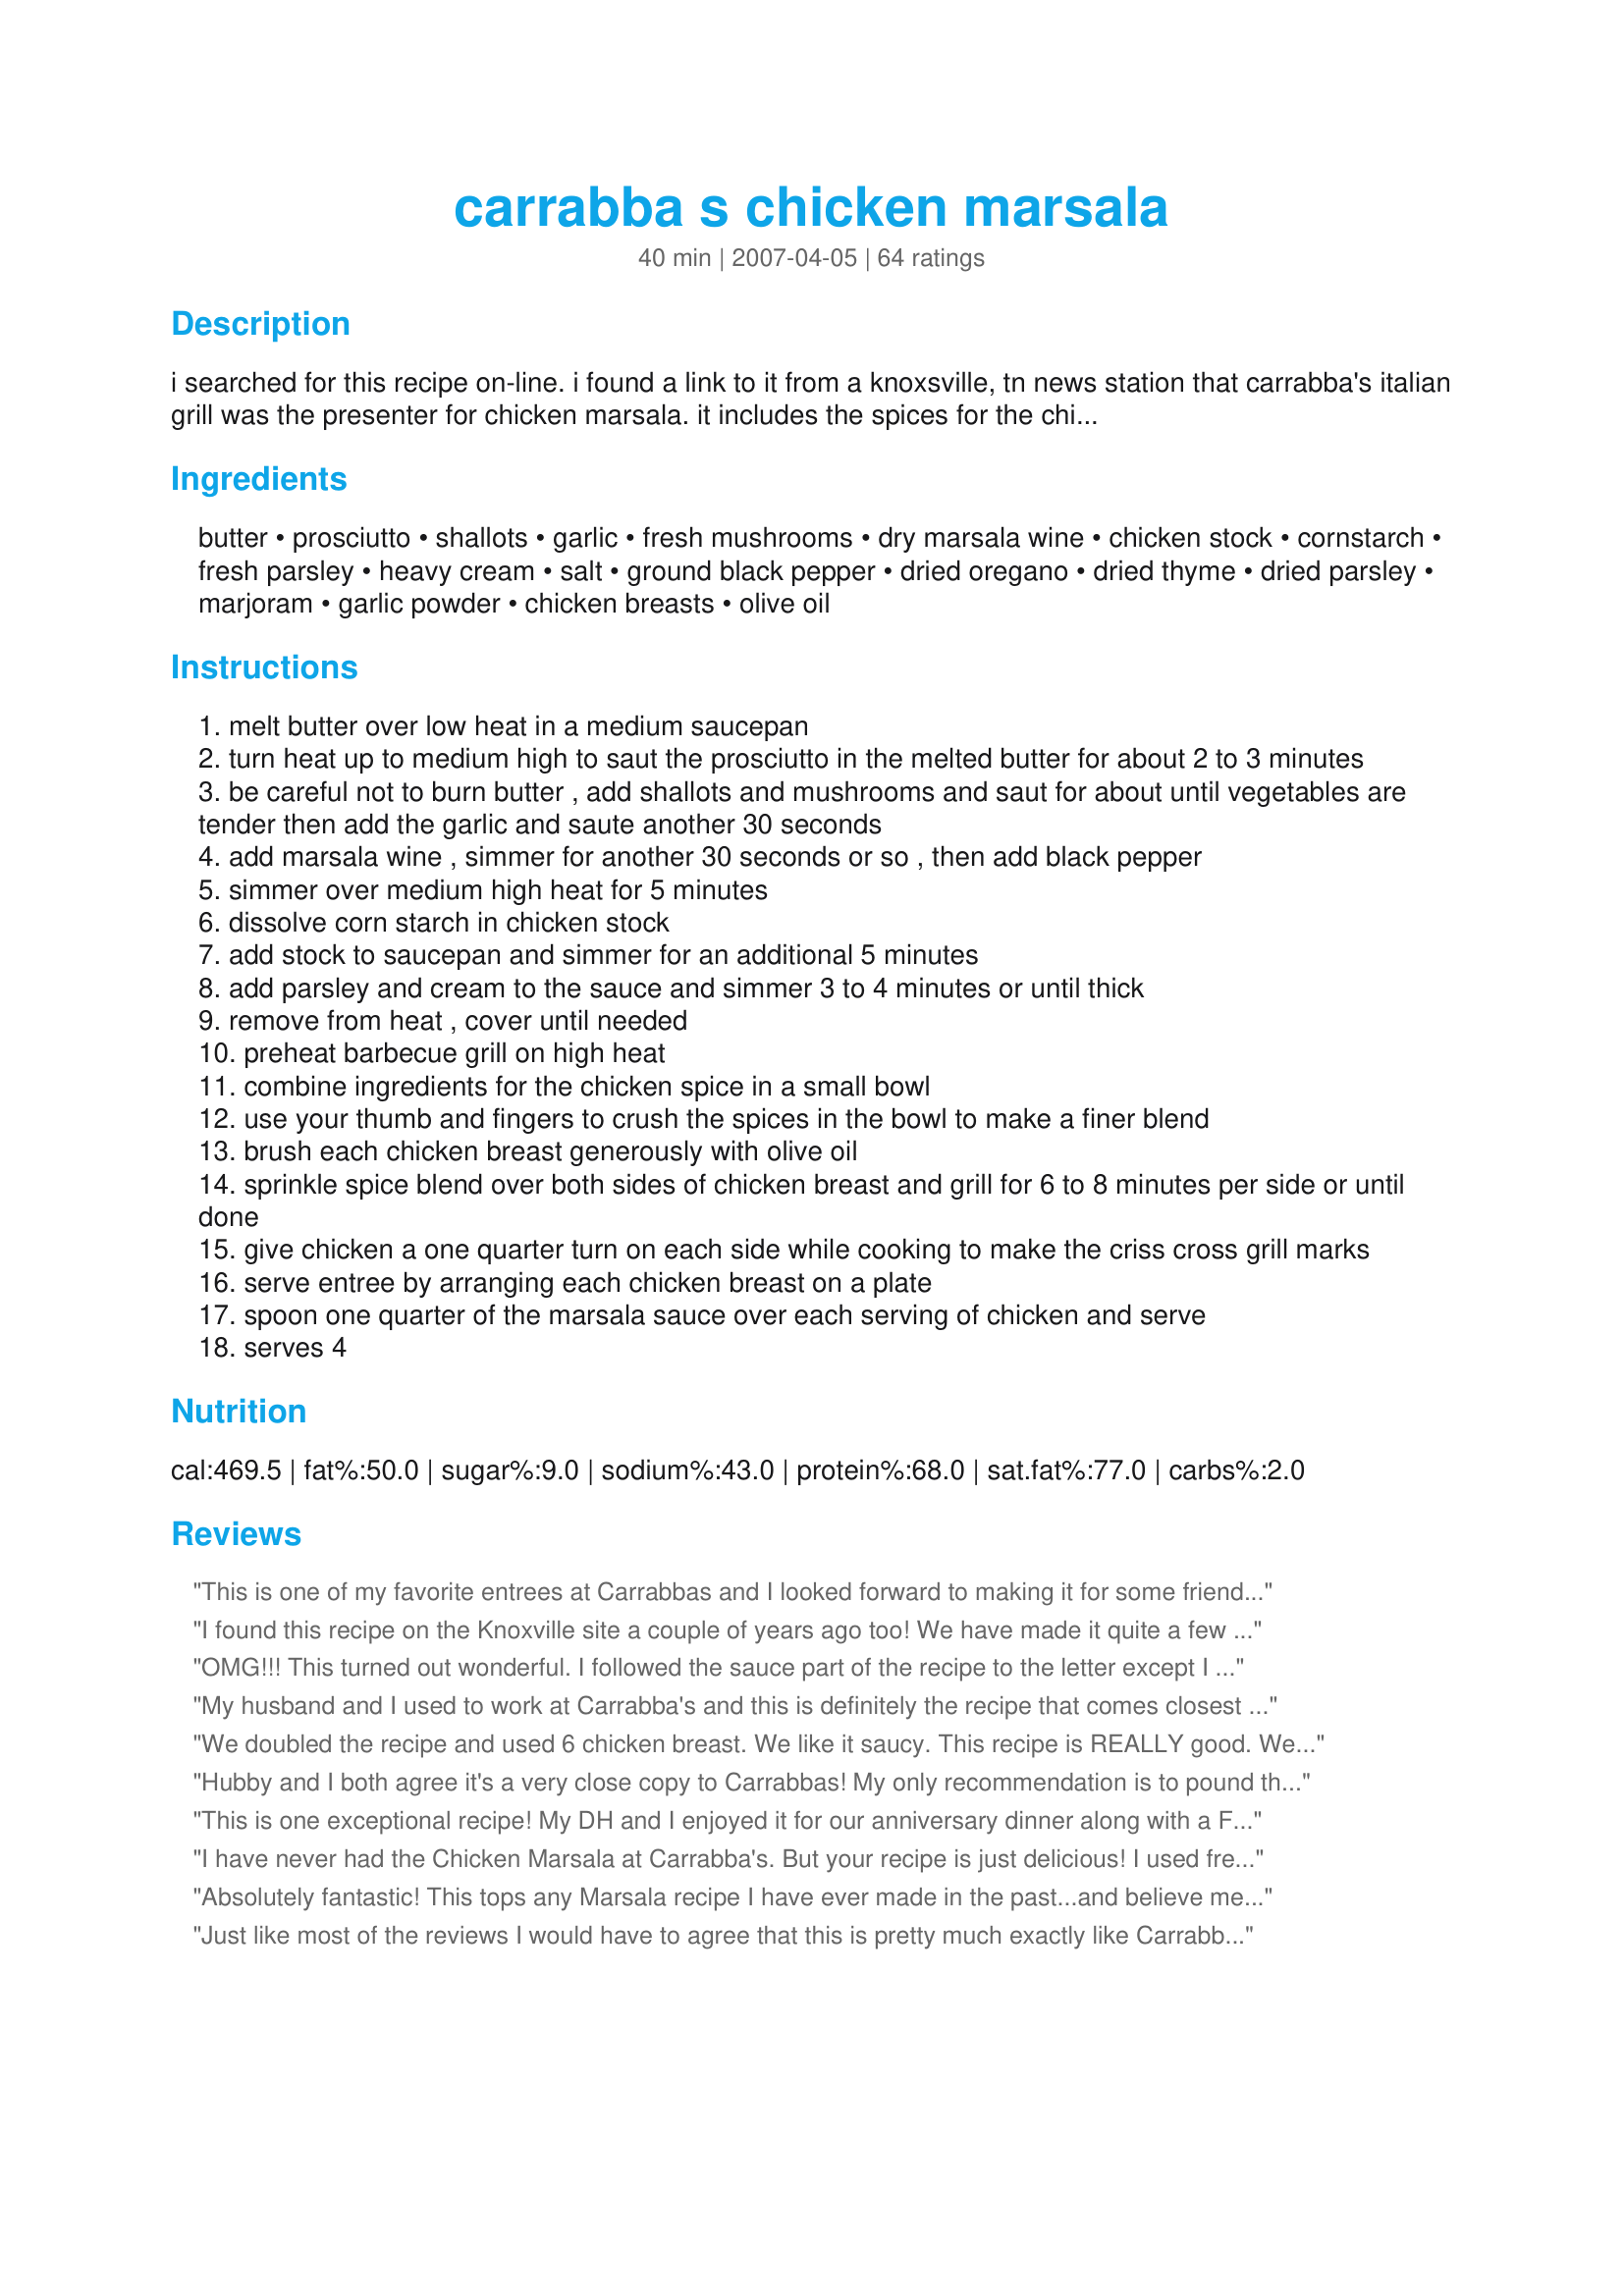
carrabba s chicken marsala
Preparation time: 40 minutes

i searched for this recipe on-line. i found a link to it from a knoxsville, tn news station that carrabba's italian grill was the presenter for chicken marsala. it includes the spices for the chicken before grilling. wbir.com-recipes. update: i always use 8 oz. fresh mushrooms and add them while sauteeing the shallots, so changed the recipe to my way of making it. also can add more cornstarch for a thicker sauce, but start with the stated amount and add more to liking.

Ingredients:
butter, prosciutto, shallots, garlic, fresh mushrooms, dry marsala wine, chicken stock, cornstarch, fresh parsley, heavy cream, salt, ground black pepper, dried oregano, dried thyme, dried parsley, marjoram, garlic powder, chicken breasts, olive oil

Steps:
melt butter over low heat in a medium saucepan
turn heat up to medium high to saut the prosciutto in the melted butter for about 2 to 3 minutes
be careful not to burn butter , add shallots and mushrooms and saut for about until vegetables are tender then add the garlic and saute another 30 seconds
add marsala wine , simmer for another 30 seconds or so , then add black pepper
simmer over medium high heat for 5 minutes
dissolve corn starch in chicken stock
add stock to saucepan and simmer for an additional 5 minutes
add parsley and cream to the sauce and simmer 3 to 4 minutes or until thick
remove from heat , cover until needed
preheat barbecue grill on high heat
combine ingredients for the chicken spice in a small bowl
use your thumb and fingers to crush the spices in the bowl to make a finer blend
brush each chicken breast generously with olive oil
sprinkle spice blend over both sides of chicken breast and grill for 6 to 8 minutes per side or until done
give chicken a one quarter turn on each side while cooking to make the criss cross grill marks
serve entree by arranging each chicken breast on a plate
spoon one quarter of the marsala sauce over each serving of chicken and serve
serves 4

Reviews:
This is one of my favorite entrees at Carrabbas and I looked forward to making it for some friends coming from out of state. They complimented me to the highest power, and I have to pass on the praise here! It was and excellent choice to WOW my guests and I enjoyed it every bit as much as they did!
I found this recipe on the Knoxville site a couple of years ago too! We have made it quite a few times, it is awesome. I use fresh mushrooms that I saute instead of canned. Just wish I could find the Lombardo Marsala that they suggest. We also pound the chicken to an even thickness as Rebam98 does. If you can grill it, it is so much better. If you are thinking about trying this do it! Yummy :)
OMG!!! This turned out wonderful.
I followed the sauce part of the recipe to the letter except I used beef broth and added grated parmesan & romano cheese at the end. I poured it over a flat iron steak and it was amazing.
My husband and I used to work at Carrabba's and this is definitely the recipe that comes closest to their Chicken Marsala, which we absolutely love. We cut back on the salt, but other than that we followed the instructions exactly. We serve it with buttered egg noodles. Thank you so much, we love this!!!
We doubled the recipe and used 6 chicken breast. We like it saucy. This recipe is REALLY good. We will be making this again for sure.
Hubby and I both agree it's a very close copy to Carrabbas! My only recommendation is to pound the chicken to an even thickness. I bought Lombardo's marsala wine just for this (ordered online). Can't wait to make this again.
This is one exceptional recipe! My DH and I enjoyed it for our anniversary dinner along with a Fresh Green, Strawberry, Goat Cheese and Walnut Salad. Simply divine in my book!
I have never had the Chicken Marsala at Carrabba's. But your recipe is just delicious! I used fresh mushrooms, but otherwise stuck to your recipe. I will definately make it again.
Absolutely fantastic! This tops any Marsala recipe I have ever made in the past...and believe me I have made many! I wasn't sure how large of a piece of prosciutto was recommended, and since I normally have the deli slice mine paper thin, I included one slice per portion. I also used an 8 oz package of fresh mushrooms and sauteed them in butter first. I used bone-in chicken breasts and speed baked them at 375 degrees for about 40 minutes. Since my kids don't enjoy the sauce, I stole their portions to use as gravy on my garlic mashed potatoes. This is definitely one of my fav recipes on Zaar! Thanks for posting!
Just like most of the reviews I would have to agree that this is pretty much exactly like Carrabba's (which is amazing) with the exception of a few minor things. I made the recipe exact except I used fresh mushrooms instead of canned because Carrabba's does not use canned mushrooms. I also tripled the recipe (for 6 very large chicken breasts) and I would not have wanted any less sauce so make sure you double or triple it. The few things that were different: First, the sauce was much lighter in color than Carrabba's, which does not bother me at all as long as the taste is still the same, but I was a bit concerned about this at first. Thankfully, it had no effect on the taste. Second, as stated above, I used fresh mushrooms rather than canned. I sauteed them in butter to brown them first then added them to the recipe when it said to. Third, the sauce was very thin, unlike Carrabba's. I don't like it when my sauce is so runny that it does not stay on the meat, so next time I will probably double the cornstarch or use flour instead. Other than that the taste really was a dead ringer for Carrabba's and I wouldn't change a thing. This is definitely a dish to make for company, someone special or anyone that you want to impress! ;)
Was originally starting out to make chicken piccata however my white wine mysteriously vanished from the bottle..so I went to plan B, Chicken Marsala. Although I did not have mushrooms on hand and live out in the middle of nowhere I made it without them. Everyone&#039;s taste buds where dancing and my kids really wanted to lick the plate. Needless to say this recipe was the first one I looked up and was Fabulous!!
Delicious!! This is an excellent recipe for Chicken Marsala. I followed the recipe as written except that I used about 2 cups fresh mushrooms which I added to the garlic and shallots. I couldn't find the Lombardo Marsala, so I used a marsala from a local winery which worked really well. Next time, I think that I will double the sauce because it was so yummy. Thank you for sharing this wonderful recipe. My family devoured it! :)
*Made for 2008 Football Pool*
We use this recipes sauce as an appetizer. I toast a thinly sliced bagget, keep the sauce in a chaffing warmer and voila...it's amazing and everyone loves it!!
Excellent! I made 25lbs. worth of chicken breast for a baby shower, and the guests are still raving about it. I marinated the chicken in the spices for 2 days before grilling. I did not add any olive oil until grilling, when my husband used our Misto filled with olive oil to spritz the chicken periodically. From the sauce, I left out the prosciutto and marjoram. I added the garlic before the mushrooms so the butter could take on the flavor of the garlic. For chicken stock, I used Knorr&#039;s reduced-sodium condensed chicken stock; I did not add any water to it, so I didn&#039;t have to use any corn starch. Since I was making such a huge amount, I cut back on the butter (used 1/2) and heavy cream (2/3). Very well received!
One word to best to describe this is O-U-T-S-T-A-N-D-I-N-G!!! This is one of those recipes that are perfect to impress company, but most of all it's an amazing recipe that makes you proud every time! It is as good as in the restaurant, and for those that haven't eaten there, this is every bit as good!
The taste had you going back for more and more it was so good! I just can't believe I made it and it was as good as the restaurant! I didn't add the prosciutto, as I don't remember having any in my dish, but none the less it was perfectly flavored without it!
I have been to every store in Chicago, IL and I can't seem to find the Lombardo Dry Marsala. Can someone please tell me where I can buy this from?
I served this on Christmas, and my Aunts took home all the leftovers!! I just got a call from one of them to e-mail her the recipe!!!
with 50 reviews i dont know how much more i can add it rocks, i might suggest a side recipe #454025 it matches very well with this dish . im soooo happy i tagged this recipe
I first had this at my friends house for a birthday celebration. She shared her recipe and I made it for my family. It was a hit. Absolutely delicious and can be presented in such a way that it would be an elegant dinner for guests. Will definitely be making this again. It is a fairly simple dish to prepare as well.
Great Chicken Marsala! I made the recipe except only using two breasts. Served with freshly made cheese ravioli and used the extra sauce over both. Will make this one again and again.
This is a fabulous marsala recipe...and very easy to make for the (not-so-gourmet) chef!! Thanks for posting!!
Wow! This was excellent! I served it for the first time to our good friends. He is an incredibly picky eater and he absolutely loved it!! In fact, his wife made me give her my printed copy of the recipe so she could take it home with her!!!
I absolutely love Carrabba's and since the nearest one is something like 5000 miles away, this was a wonderful treat! Great flavor, tender juicy chicken, rich creamy sauce... who could ask for anything more?
Fabulous !! More than 5 stars ! Easy to do too ! I used a shredded leek instead of the shallots and also used fresh mushies - great and tasty result all round .
Now this is a very enjoyable way to serve chicken! I did follow the ingredients & directions closely, but changed the amounts of two items ~ I used 1/2 cup of the dry marsala wine & just 3/4 cup of the chicken stock, wanting a bit more flavor of the wine! Even left in the mushrooms since my other half likes them so much! Thanks for sharing this keeper of a recipe! [Made & reviewed while touring Italy on the Zaar World Tour 4]
I made this last night to have with some whole wheat Fettuccine Alfredo. It was EXCELLENT! I don't think the brand of Dry Marsala makes any difference in this recipe, and I think you could use any kind of Dry Marsala (DRY being the key word here), because I used Cribari from California and it was great. I have had this at Carrabba's so I am familiar with how wonderful it is there, loaded with flavors of the wine and mushrooms and other goodies. I don't remember tasting prosciutto in my dish when I was there, but it may have been there. I know it was SENSATIONAL, and I have never had anything close to as good as having it there, until now! Now you can have it too, because this one is just as good! Thank you for bringing Carrabba's into my home Diner! Linda
I make this all of the time now. It's an excellent recipe, that's as good if not better than carrabbas. It took me a while to prepare the first time, but now I'm a pro! :) Thank you for an absolutely wonderful recipe!
This is by far the best copy of a recipe I've ever tried. I make this every year for a huge party of 50-60 people for a buffet and everyone raves about it!!!!
You can make this with steak too!
I have had chicken marsala many times, but had never used grilled chicken. What a great taste treat! The smokiness with the slight sweetness of the sauce is great. We used chicken thighs instead of breasts and it turned out great! Thanks for posting this one!
Heavenly!! I left out the Marsala, as I do not use alcohol. Did the recipe as instructed, but added extra prosciutto. I was surprised how much my family enjoyed it! (Think picky eaters!) I didn't have any leftovers. The combination of spices was perfect. The dish was not difficult and went quickly during preparation. It took me about 40 minutes from start to finish. Definitely will make again.
One of the finest meal we have ever tasted! Amazing is the only word I can think of to describe it!
This was so AMAZING! Hubby loved it, too Just so, so delicious! I recommend using the Lombardo dry marsala wine, as directed. It truly is the best. Will be making this again! Thanks so much for posting this! Made for ZWT4 Family Picks for the CAFE ZMAKK Gypsies team!! :)
This recipe is A-M-A-Z-I-N-G! I usually double the sauce for extra YUM!
Delicious!!!! I surprised myself, LOL!!!
This was very good. No leftovers for us. I followed another suggestion and used bacon rather than prosciutto the second time making it and liked it much better with the bacon. Definitely a keeper thanks for posting.
Carrabba's Chicken Marsala is a favorite dinner of my boyfriend and me, and this recipe tastes almost exactly like it! I did use fresh mushrooms as some of the other reviewers suggested, and I wish I would have sauteed them a little longer than the recipe says--they were still pretty firm when we ate them, and the mushrooms at Carrabba's are pretty cooked down and soft. Also, the sauce did turn out a little thin, but perhaps more corn starch next time could fix that. Also, I think I will add a little browning sauce (Kitchen Bouquet brand) next time to try and darken the sauce. I doubled the sauce recipe since we were using more chicken, and it made enough sauce to feed four adults plus have some leftover. This recipe is delicious!!!
Excellent dish! By the time I had the mushrooms, shallots and garlic going I knew I was going to love it... and it did not disappoint! Thank you so much!
Perfect!!! used fresh mushrooms instead of canned, otherwise made exactly as directed.
I have been making this dish for years for special occassions. My family loves it. Even my husband who doesn't like mushrooms. The recipe I used was from an old magazine and was a copy. I was heartbroken when I couldn't find it. I was so happy to find it here. Thank you for posting it!
At first my husband was intimated by this recipe. We love to go to Carabba's and cannot get enough Chicken or Steak Marsala. After collecting the ingredients, he dove right into making Chicken Marsala. He coupled it with the Italian Mashed Potatos. What a phenomenal meal! SO DELICIOUS! Even our very picky eater 10 year old son raved about how yummy it was! Thank you for sharing!
Oh, this was amazing! I used quartered cremini mushrooms, "I Can't Believe It's Not Butter" instead of the real stuff, non-fat 1/2, 1/2 for the heavy cream, and some random white wine and it was STILL delicious! The spices for the chicken were outstanding and the mushroom sauce, which I doubled, was perfect. Thank you for posting this hit, diner524!
This is TDF!! It tasted just like the Marsala at Carrabba's. While I was buying the Marsala, I talked with a lady who owns a small local Italian restaurant. She recommended Florio dry marsala which is what they use in her restaurant. I would also recommend this since I couldn't find the Lombardo brand. I used fresh mushrooms and added more of the cornstarch slurry to thicken the sauce a little more. Everything about this was terrific. Thanks diner for sharing this great recipe. Made for Zaar Stars Tag.
I loved this! I used chicken tenders, and fresh mushrooms. It turned out fabulous. I could eat the sauce by itself! This is the first time I've grilled the chicken when I made marsala, and it is a very good change. Made for market tag.
This is my FAVORITE recipe for chicken marsala!! I got this out of a friend's Copycat cookbook and I lost it recently and was devistated! I am glad I was able to find it again. Guess what's for dinner tonight?!?
This recipe had the exact type of wine to use with this recipe, therefore I chose this one. This was an amazing chicken marsala and everyone that I served gave me compliments galore!!! I will cherish this recipe because this is my favorite thing to have at Carrabba's and sometimes I crave it. Now I can make it myself and it's soooo much cheaper too!
This was incredible!!! Even my husband, who is very picky, loved it. We sometimes do the chicken alone without the marsala sauce for a quick dinner.
This was wonderful! I LOVE chicken marsala, and haven&#039;t had it with cream in the sauce before, but thought it was quite good. What I really loved was that the chicken was so flavorful, not just the sauce. Served it over linguine noodles with some salad on the side.
We enjoyed this with friends and family on our back patio, and everyone agreed it was wonderful. It is not the same Chicken Marsala we are accustomed to making; the Marsala wine was less prominent in the flavor than what we are used to, and we usually cook the chicken in components of the sauce; grilling gives it a different texture and character, but an excellent one. We were forced to make two last-minute adjustments; no propane, so we used the broiler; no prosciutto, so we used bacon. Otherwise we followed the recipe. Made for ZWT4.
This was really good! I added more garlic and about 1/2 cup more wine.
This tastes very close to the Carraba's recipe and it's very good. For salt conscious folks it's best to skip the proscuitto as that really increases the sodium content. I also highly recommend using fresh mushrooms rather than canned for a more authentic marsala sauce.
I don't know where to begin. First off, I went back to review your Recipe #357019, (which in it's own right, is absolutely delicious!) but when it came to the caper part, I finally figured out that I had the wrong recipe. :) (Go figure!) *Anyway* this delightful dish was tagged and made right way. I followed this exactly. You mentioned *chicken breasts* and the only things I had thawed were *bone in with skin* , which worked out perfectly on the grill. Nice and moist and I had to tie my own hands from just wanting to eat the chicken directly off the grill prior to adding the sauce. (seasoning=excellent!) As it happens I did manage to pull the chicken off the grill (without being eaten) ~ and managed to pour the sauce/gravy on too. This sends the chicken to a higher level still, if that is possible. Shame on me, I don't have a photo, but I hope my words describe the picture to you, and you will make this as quick as I did. Even though it is *company special* I don't think you will want to share this chicken with anyone! All the tastes, the aroma, and the intoxicating sauce was just terrific, and I can see making this again, maybe as soon as tomorrow. Bravo! Made for *Everyday is a Holiday* tag game April 2009.
Carrabba's has the best chicken marsala that I have ever tasted, and this tastes almost exactly like Carrabba's. I used fresh mushrooms instead of canned. Other than that, I followed the recipe as written. It's too cold to cook on the grill outside, so I used my Cuisinart grill. I used two huge chicken breasts and sliced them in half (thickness-wise). The chicken was juicy and tender (just like Carrabba's) and the marsala sauce was out of this world (just like Carrabba's). I served the chicken with penne pasta, roasted asparagus and Italian bread. I made this at my in-laws house and everyone raved over this meal. They all said to give it 10 stars. This is a definitely keeper in my book. Thanks for another outstanding recipe, diner524. Made for Best of 2010 Cookbooks Tag Game.
It tasted really good. I did do things differently though. For the marsala sauce i doubled the portion. I left out the prosciutto, shallots and mushrooms. Because my wife and I are picky eaters. For the heavy cream i used Philadelphia cooking cream (original) its new and it worked really good and tasted really good. On the chicken spice I would leave the thyme out it added a not very desirable aftertaste.The marsala I used was Holland House marsala cooking wine.my picture is the one with mashed potatos with parsley over the potatos. without the thyme though my wife said it would be just like carrabbas chicken marsala
Delicious! Will definitely make this again for family and guests. Doubled the sauce and used 9 skinless, boneless thighs instead of chicken breasts. Didn't need to brush the thighs with olive because the thighs still had plenty of fat on them. The chicken was really tasty even straight from the grill! Kept the thighs warm in a covered dish while I made the pasta and sauce. I made the sauce as directed with only a couple of tweaks. Used a favorite Chardonnay since I didn't have any Marsala on hand and added a bit of creole seasoning because the sauce was a little bland for our taste. I cut the chicken into large chunks then mixed the chicken and meat juices from the pan with the sauce for extra layer of flavor. Added penne pasta and mixed it all up. Not a traditional Chicken Marsala with these tweaks, but one of the best chicken and pasta dishes we have enjoyed so far. Thanks for a great recipe!
I love getting this dish at Carrabbas. I sliced my chicken breasts almost in half, leaving them attached at the thicker end and opening them up so they looked like butterflies. That is how the Carrabba's near me does it. This gives more surface area to cover with sauce (double the sauce if you do this). I tried subbing a tsp of Herb Ox Chicken Bouillon mixed in a cup of water for the chicken stock and it made it a little too salty. Though it was still very tasty, it didn't exactly taste like the dish at Carrabba's (my fault most likely). I will try again with regular chicken stock. Thank you so much for posting this! UPDATE: diner524 told me that Lombardo Marsala Wine is the wine that Carrabba's uses. I'm going to see if I can find it and I'll report back when I try it again!
We enjoyed this chicken marsala recipe tonight. We followed all directions and ingredients as posted, with the exception that we used fresh shiitake mushrooms and chicken thighs instead of breasts. Thanks for posting.
Great chicken! Loved the sauce and that chicken spice on the grilled chicken is out of this world. I left out the shallots and used bacon instead of prosciutto, otherwise made as directed. Loved this recipe - thanks for sharing it! Made for the Top Favorites of 2009 event
This is a great recipe. If you love the marsala dishes from Carrabba's you will love this. It is also pretty easy to make. You can also use steak or veal as well as chicken. Thanks for the recipe!!
I made this for my husband and me the other night and we both really liked it. The one issue I had was that the sauce didn't quite get to the thick consistancy that I wanted, (I even added a bit more cornstarch and it didn't help) but it was close enough. I am a huge fan of Carrabba's chicken marsala and it was a decent enough copy that I would definitely make it again! I served it with some whole wheat pasta and poured a bit of the sauce over the pasta as well.
We had guests over so I doubled this recipe. This is an outstanding chicken marsala recipe - everyone raved about it and wanted the recipe. The sauce is SO flavorful and the spices make this chicken stand out. This is the recipe I will use whenever I make chicken marsala. Thanks for sharing! Made for ZWT3 2007.
I forgot to rate it!!! Dang it..
Wow! This was absolutely fantastic! Served with extra sauce over buttered linguini. I added a bit of Kitchen Bouquet to darken the marsala. Thanks diner524!
Absolutely Fantastic!!!! I keep making this for my family over and over agian!
